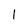
Character: l